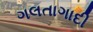
ગલતાગાદી